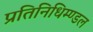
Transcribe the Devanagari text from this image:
प्रतिनिधिम्ण्डल